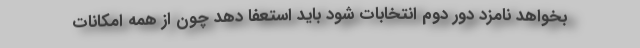
بخواهد نامزد دور دوم انتخابات شود باید استعفا دهد چون از همه امکانات